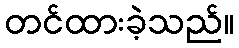
တင်ထားခဲ့သည်။